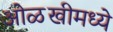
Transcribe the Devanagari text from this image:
ओळखीमध्ये